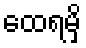
ထေရမှိ